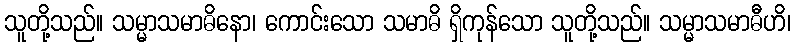
သူတို့သည်။ သမ္မာသမာဓိနော၊ ကောင်းသော သမာဓိ ရှိကုန်သော သူတို့သည်။ သမ္မာသမာဓီဟိ၊